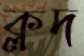
ক্লদ